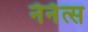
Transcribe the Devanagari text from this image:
नॅनॅत्स